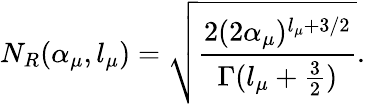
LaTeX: N_{R}(\alpha_{\mu},l_{\mu})=\sqrt{\frac{2(2\alpha_{\mu})^{l_{\mu}+3/2}}{\Gamma(l_{\mu}+\frac{3}{2})}}.